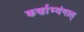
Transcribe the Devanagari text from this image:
कर्णाभ्यंगात्‌